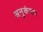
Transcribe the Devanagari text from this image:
अनुकंपा।